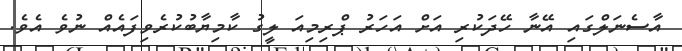
އާސެނަލްގައި އޭނާ ހޭދަކުރި އަށް އަހަރު ޕްރިމިއަ ލީގު ކާމިޔާބުކުރެވިފައެއް ނުވެ އެވެ.